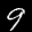
Label: 9